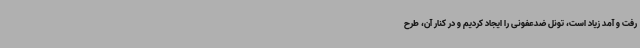
رفت و آمد زیاد است، تونل ضدعفونی را ایجاد کردیم و در کنار آن، طرح